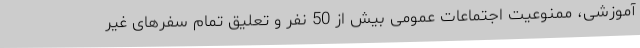
آموزشی، ممنوعیت اجتماعات عمومی بیش از 50 نفر و تعلیق تمام سفرهای غیر